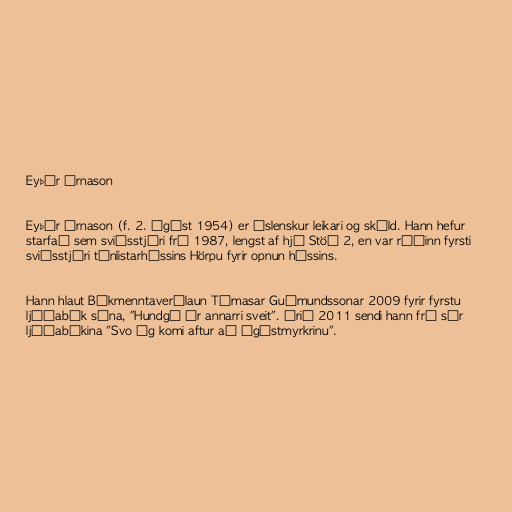
Eyþór Árnason

Eyþór Árnason (f. 2. ágúst 1954) er íslenskur leikari og skáld. Hann hefur
starfað sem sviðsstjóri frá 1987, lengst af hjá Stöð 2, en var ráðinn fyrsti
sviðsstjóri tónlistarhússins Hörpu fyrir opnun hússins.

Hann hlaut Bókmenntaverðlaun Tómasar Guðmundssonar 2009 fyrir fyrstu
ljóðabók sína, "Hundgá úr annarri sveit". Árið 2011 sendi hann frá sér
ljóðabókina "Svo ég komi aftur að ágústmyrkrinu".